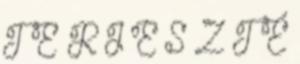
T E R J E S Z T É